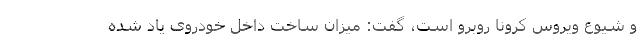
و شیوع ویروس کرونا روبرو است، گفت: میزان ساخت داخل خودروی یاد شده